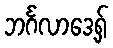
ဘင်္ဂလာဒေ့ရှ်